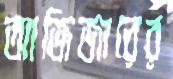
আজিজারের